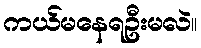
ကယ်မနေရဦးမလဲ။